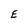
Character: E